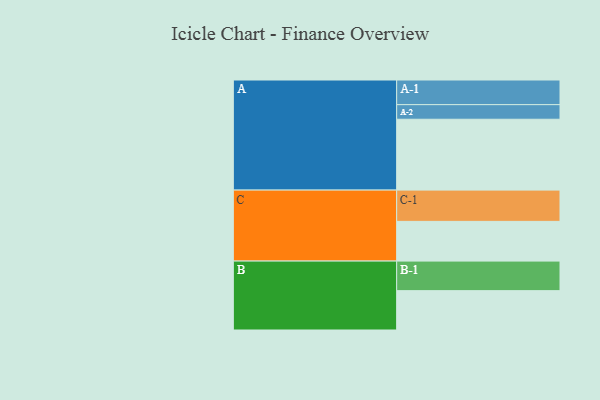
{"axis": {"x": "Segment", "y": "Value"}, "legend": ["", "A", "B", "C"], "data": [{"x": "A", "y": 578, "type": ""}, {"x": "B", "y": 321, "type": ""}, {"x": "C", "y": 324, "type": ""}, {"x": "A-1", "y": 201, "type": "A"}, {"x": "A-2", "y": 119, "type": "A"}, {"x": "B-1", "y": 241, "type": "B"}, {"x": "C-1", "y": 255, "type": "C"}]}